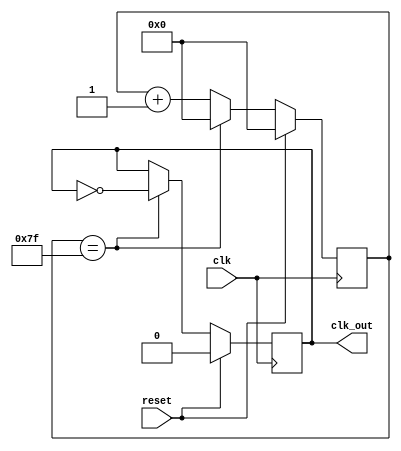

module clkdivider
(
  input wire clk,
  input wire reset,
  output reg clk_out
);

  reg [7:0] counter;

  always @(posedge clk)
  begin
    if (reset)
    begin
      counter <= 8'd0;
      clk_out <= 1'b0;
    end
//  Bob: this original source code is wrong, because it is actually divided clock by 512, so correct it
    //else if (counter == 8'hff)
    else if (counter == 8'h7f)
    begin
      counter <= 8'd0;
      clk_out <= ~clk_out;
    end
    else
    begin
      counter <= counter+1;
    end
  end
endmodule